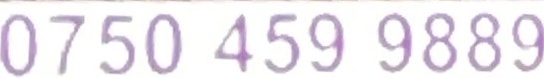
0750 459 9889